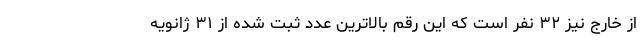
از خارج نیز ۳۲ نفر است که این رقم بالاترین عدد ثبت شده از ۳۱ ژانویه